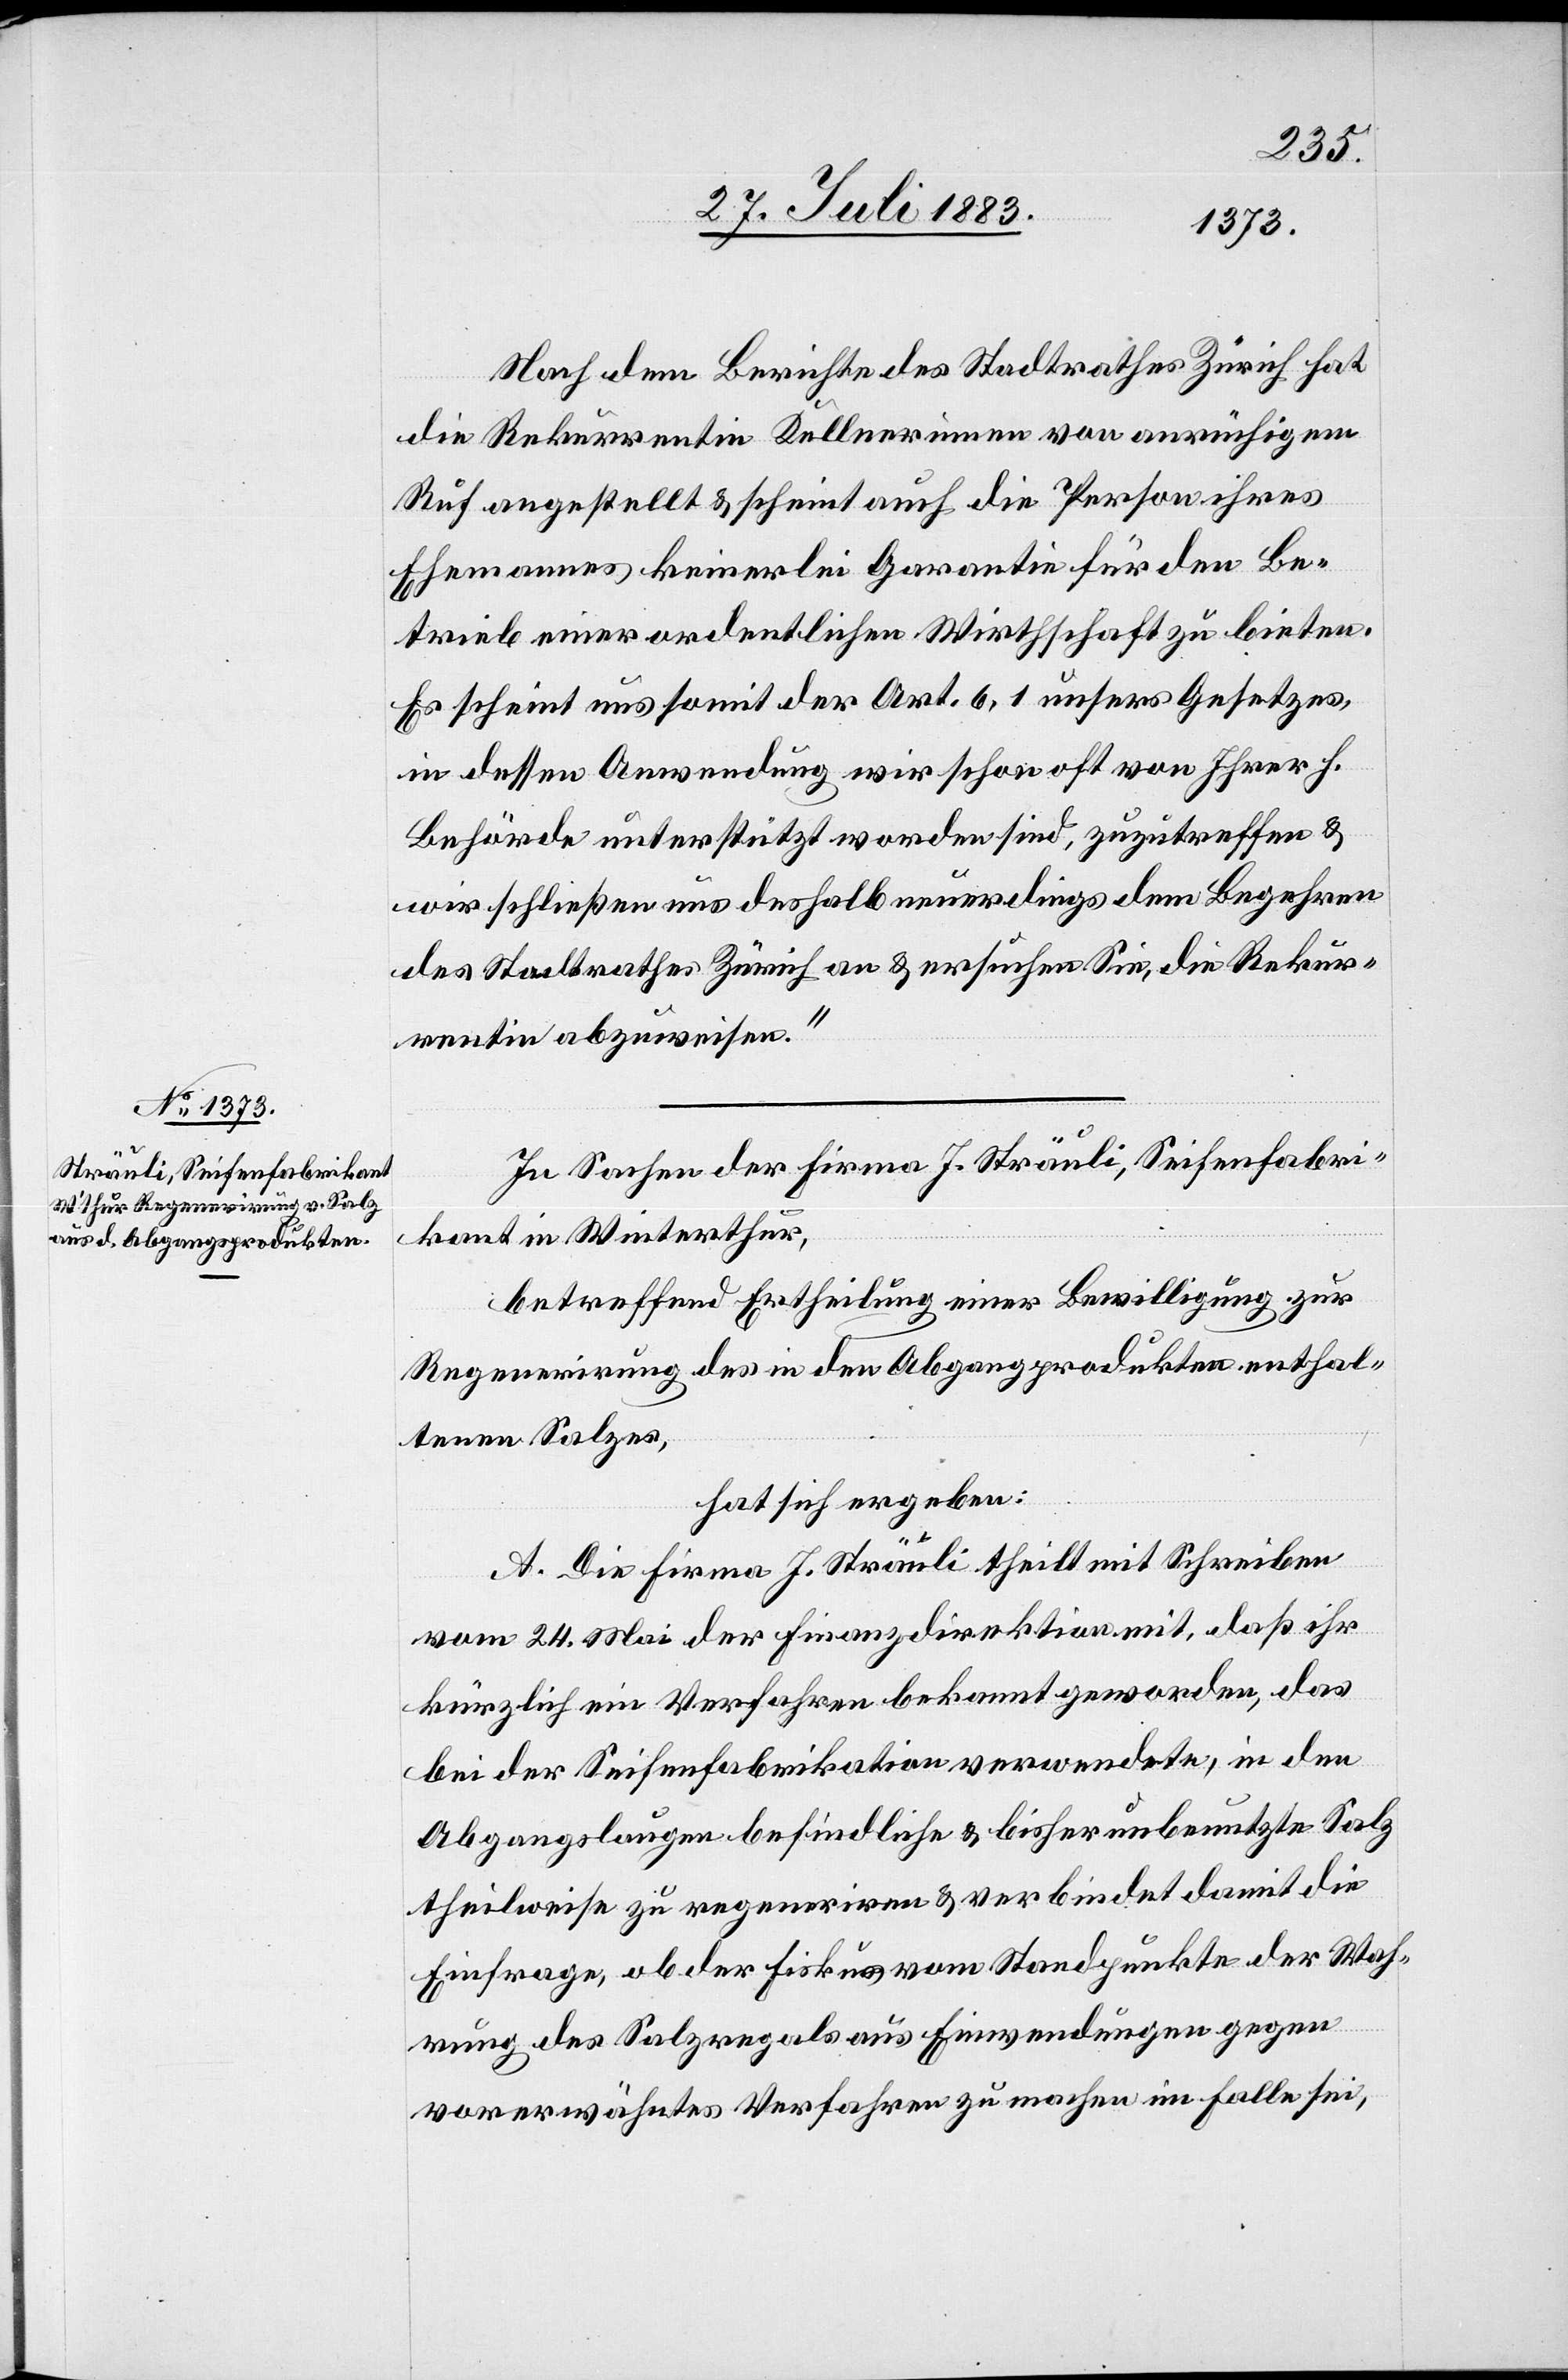
Nach dem Berichte des Stadtrath Zürich hat
die Rekurrentin Kellnerinnen von anrüchigem
Ruf angestellt & scheint auch die Person ihres
Ehemannes keinerlei Garantie für den Be¬
trieb einer ordentlichen Wirthschaft zu bieten.
Es scheint uns somit der Art. 6, 1 unsers Gesetzes,
in dessen Anwendung wir schon oft von Ihrer h.
Behörde unterstützt worden sind, zuzutreffen &
wir schließen uns deshalb neuerdings dem Begehren
des Stadtrathes Zürich an & ersuchen Sie, die Rekur¬
rentin abzuweisen.“
In Sachen der Firma J. Sträuli, Seifenfabri¬
kant in Winterthur,
betreffend Ertheilung einer Bewilligung zur
Regenerirung des in den Abgang[s]produkten enthal¬
tenen Salzes,
hat sich ergeben:
A. Die Firme J. Sträuli theilt mit Schreiben
vom 24. Mai der Finanzdirektion mit, daß ihr
kürzlich ein Verfahren bekannt geworden, das
bei der Seifenfabrikation verwendetem in den
Abgangslaugen befindliche & bisher unbenutzte Salz
theilweise zu regeneriren & verbindet damit die
Einfrage, ob der Fiskus vom Standpunkte der Wah¬
rung des Salzregals aus Einwendungen gegen
vorerwähntes Verfahren zu machen im Falle sei,